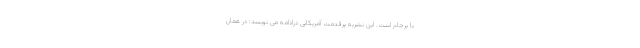
با برجام است. این نشریه پرقدمت آمریکایی درادامه می نویسد: در همان